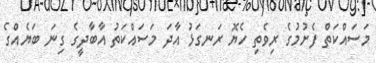
މަސައްކަތް ފެށުމުގެ ރިވެތި ހެޔޮ ރަނގަޅު އާދަ މަސައްކަތު އާބާދީގެ ގިނަ ބަޔެއްގެ